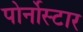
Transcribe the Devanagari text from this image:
पोर्नोस्टार